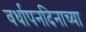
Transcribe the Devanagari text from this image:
वर्धापनदिनाच्या